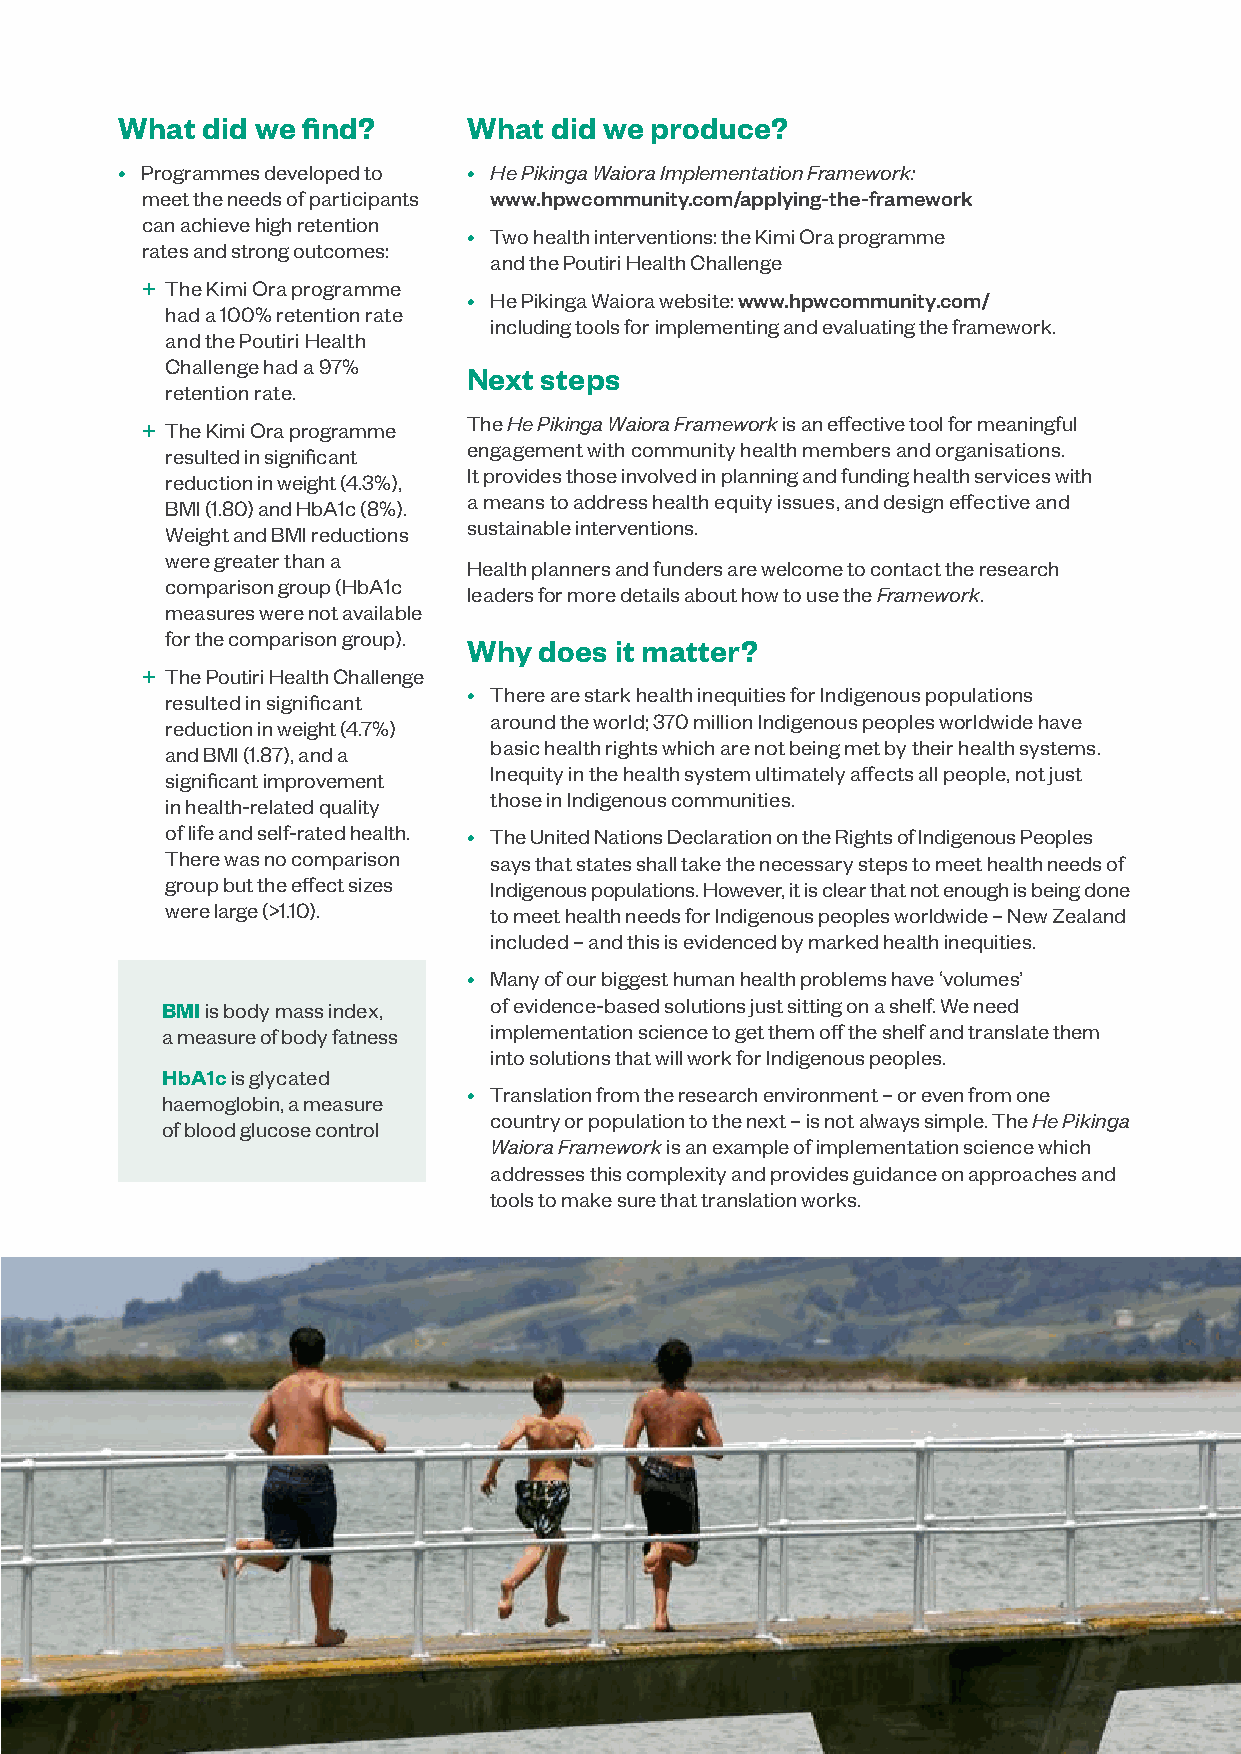
What did we find?      What did we produce?
 • Programmes developed to • He Pikinga Waiora Implementation Framework:
 meet the needs of participants www.hpwcommunity.com/applying-the-framework
 can achieve high retention
 • Two health interventions: the Kimi Ora programme
 rates and strong outcomes:
 and the Poutiri Health Challenge
 + The Kimi Ora programme
 • He Pikinga Waiora website: www.hpwcommunity.com/
 had a 100% retention rate
 including tools for implementing and evaluating the framework.
 and the Poutiri Health
 Challenge had a 97%
 Next steps
 retention rate.
 The He Pikinga Waiora Framework is an effective tool for meaningful
 + The Kimi Ora programme
 engagement with community health members and organisations.
 resulted in significant
 It provides those involved in planning and funding health services with
 reduction in weight (4.3%),
 a means to address health equity issues, and design effective and
 BMI (1.80) and HbA1c (8%).
 sustainable interventions.
 Weight and BMI reductions
 were greater than a
 Health planners and funders are welcome to contact the research
 comparison group (HbA1c
 leaders for more details about how to use the Framework.
 measures were not available
 for the comparison group).
 Why  does it matter?
 + The Poutiri Health Challenge
 • There are stark health inequities for Indigenous populations
 resulted in significant
 around the world; 370 million Indigenous peoples worldwide have
 reduction in weight (4.7%)
 basic health rights which are not being met by their health systems.
 and BMI (1.87), and a
 Inequity in the health system ultimately affects all people, not just
 significant improvement
 those in Indigenous communities.
 in health-related quality
 of life and self-rated health. • The United Nations Declaration on the Rights of Indigenous Peoples
 There was no comparison says that states shall take the necessary steps to meet health needs of
 group but the effect sizes Indigenous populations. However, it is clear that not enough is being done
 were large (>1.10).  to meet health needs for Indigenous peoples worldwide – New Zealand
 included – and this is evidenced by marked health inequities.
 • Many of our biggest human health problems have ‘volumes’
 BMI is body mass index, of evidence-based solutions just sitting on a shelf. We need
 a measure of body fatness implementation science to get them off the shelf and translate them
 into solutions that will work for Indigenous peoples.
 HbA1c is glycated
 • Translation from the research environment – or even from one
 haemoglobin, a measure
 country or population to the next – is not always simple. The He Pikinga
 of blood glucose control
 Waiora Framework is an example of implementation science which
 addresses this complexity and provides guidance on approaches and
 tools to make sure that translation works.
 Research Findings Brief / December 2021                        Page 3